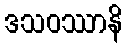
ဒသဝဿာနိ